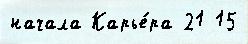
начала Карье́ра 21 15